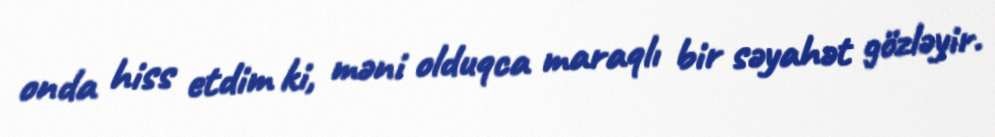
onda hiss etdim ki, məni olduqca maraqlı bir səyahət gözləyir.